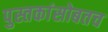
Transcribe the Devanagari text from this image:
पुस्तकांसोबतच